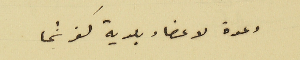
دعوة لاعضاء بلدية كفرشما